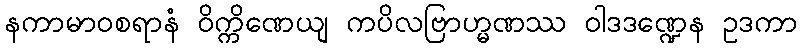
နကာမာဝစရာနံ ဝိက္ကိဏေယျ ကပိလဗြာဟ္မဏဿ ဝါဒဒဏ္ဍေန ဥဒကာ